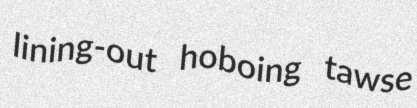
lining-out hoboing tawse